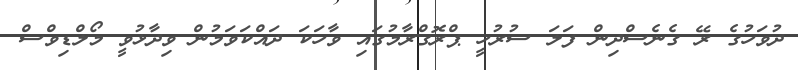
ދުވަހުގެ ރޭ ގެނެސްދިން ފަލަ ސުރުހީ ޕްރޮގްރާމުގައި ވާހަކަ ދައްކަވަމުން ވިދާޅުވީ މޯލްޑިވްސް